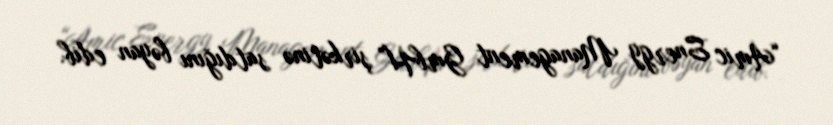
“Amic Energy Management GmbH” şirkətinə satdığını bəyan edib.